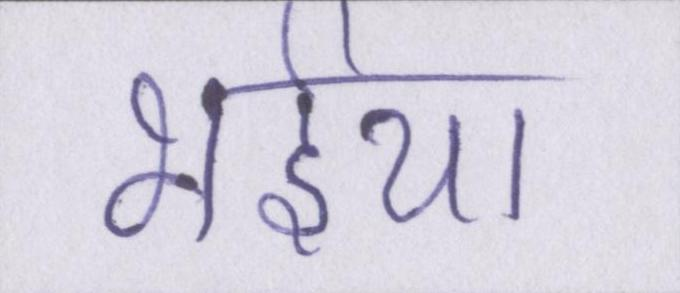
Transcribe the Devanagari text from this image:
भईया